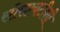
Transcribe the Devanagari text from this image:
सोसायटीशी